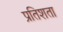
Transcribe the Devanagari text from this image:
प्रतिशता